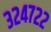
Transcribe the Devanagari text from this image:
३२४७२२